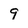
Character: 9